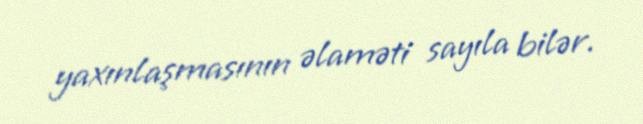
yaxınlaşmasının əlaməti sayıla bilər.